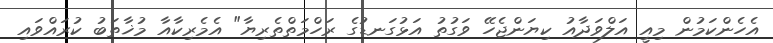
އެހެންކަމުން މިއީ އަލްވަދާއު ކިޔަންޖެހޭ ވަގުތު އަޅުގަނޑުގެ ރަހްމަތްތެރިޔާ" އެމެރިކާއާ މުޚާތަބު ކުރައްވައި